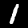
Digit: 1